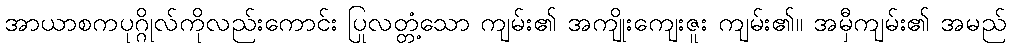
အာယာစကပုဂ္ဂိုလ်ကိုလည်းကောင်း ပြုလတ္တံ့သော ကျမ်း၏ အကျိုးကျေးဇူး ကျမ်း၏။ အမှီကျမ်း၏ အမည်